Indian journal of veterinary science and animal husbandry - Volumes 18-21, 1948-1951
Year: 1948
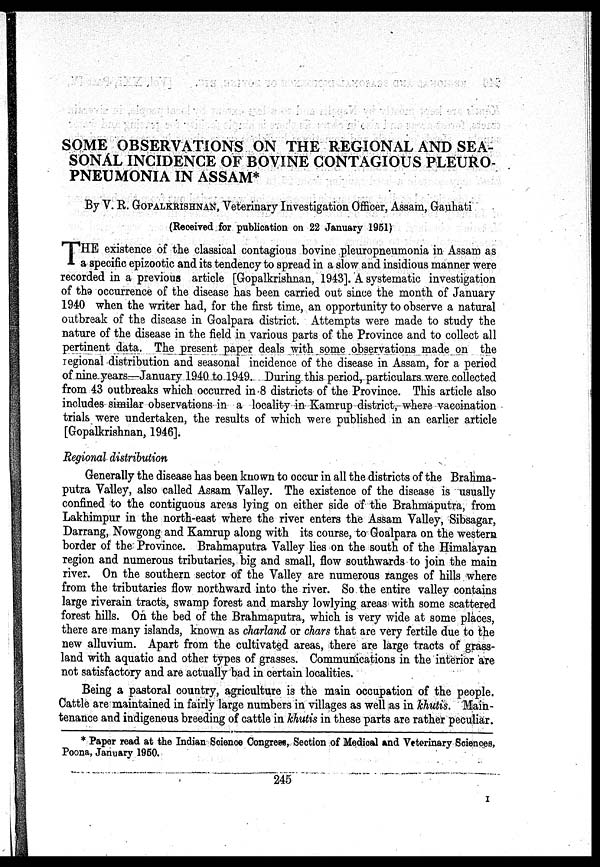
SOME OBSERVATIONS ON THE REGIONAL AND SEA-
SONAL INCIDENCE OF BOVINE CONTAGIOUS PLEURO-
PNEUMONIA IN ASSAM*
By V. R. GOPALKRISHNAN, Veterinary Investigation Officer, Assam, Gauhati
(Received for publication on 22 January 1951)
T HE existence of the classical contagious bovine pleuropneumonia in Assam as
a specific epizootic and its tendency to spread in a slow and insidious manner were
recorded in a previous article [Gopalkrishnan, 1943]. A systematic investigation
of the occurrence of the disease has been carried out since the month of January
1940 when the writer had, for the first time, an opportunity to observe a natural
outbreak of the disease in Goalpara district. Attempts were made to study the
nature of the disease in the field in various parts of the Province and to collect all
pertinent data. The present paper deals with some observations made on the
regional distribution and seasonal incidence of the disease in Assam, for a period
of nine years—January 1940 to 1949. During this period, particulars were collected
from 43 outbreaks which occurred in 8 districts of the Province. This article also
includes similar observations in a locality in Kamrup district, where vaccination
trials were undertaken, the results of which were published in an earlier article
[Gopalkrishnan, 1946].
Regional distribution
Generally the disease has been known to occur in all the districts of the Brahma-
putra Valley, also called Assam Valley. The existence of the disease is usually
confined to the contiguous areas lying on either side of the Brahmaputra, from
Lakhimpur in the north-east where the river enters the Assam Valley, Sibsagar,
Darrang, Nowgong and Kamrup along with its course, to Goalpara on the western
border of the Province. Brahmaputra Valley lies on the south of the Himalayan
region and numerous tributaries, big and small, flow southwards to join the main
river. On the southern sector of the Valley are numerous ranges of hills where
from the tributaries flow northward into the river. So the entire valley contains
large riverain tracts, swamp forest and marshy lowlying areas with some scattered
forest hills. On the bed of the Brahmaputra, which is very wide at some places,
there are many islands, known as charland or chars that are very fertile due to the
new alluvium. Apart from the cultivated areas, there are large tracts of grass-
land with aquatic and other types of grasses. Communications in the interior are
not satisfactory and are actually bad in certain localities.
Being a pastoral country, agriculture is the main occupation of the people.
Cattle are maintained in fairly large numbers in villages as well as in khutis. Main-
tenance and indigenous breeding of cattle in khutis in these parts are rather peculiar.
* Paper read at the Indian Science Congress, Section of Medical and Veterinary Sciences,
Poona, January 1950.
245
I